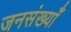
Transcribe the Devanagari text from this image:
जनसंख्याँ